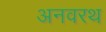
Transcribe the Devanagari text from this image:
अनवरथ